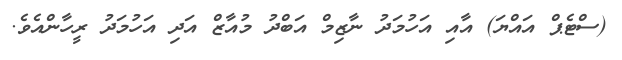
(ސްޓެޕް އައްޔަ) އާއި އަހުމަދު ނާޒިމް އަބްދު މުއާޒް އަދި އަހުމަދު ރީހާންއެވެ.